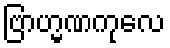
ဗြာဟ္မဏကုလေ